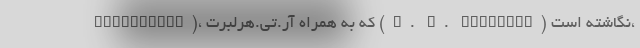
Experience)، که به همراه آر.تی.هرلبرت (R. T. Hurlburt) نگاشته است،